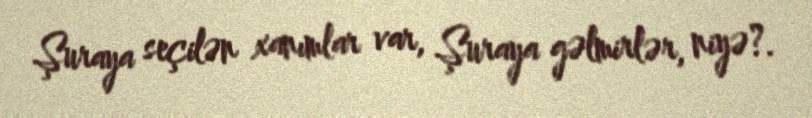
Şuraya seçilən xanımlar var, Şuraya gəlmirlər, niyə?.